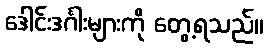
ဒေါင်းဒင်္ဂါးများကို တွေ့ရသည်။